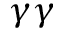
\gamma \gamma